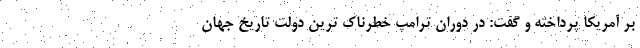
بر آمریکا پرداخته و گفت: در دوران ترامپ خطرناک ترین دولت تاریخ جهان